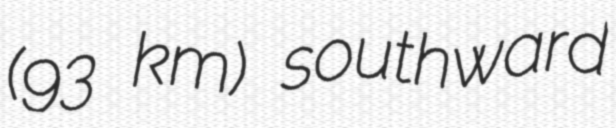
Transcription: (93 km) southward